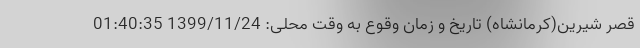
قصر شيرين(كرمانشاه) تاریخ و زمان وقوع به وقت محلی: 1399/11/24 01:40:35